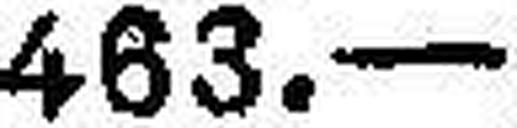
463.—